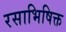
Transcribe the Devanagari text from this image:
रसाभिषिक्त